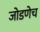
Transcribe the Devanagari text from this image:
जोडणेच